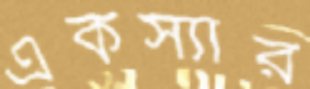
একস্যার